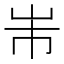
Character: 𭖐